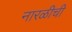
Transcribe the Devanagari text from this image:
नारळीची